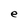
Character: e